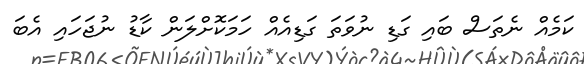
ކަމެއް ނެތަސް ބައި ގަޑި ނުވަތަ ގަޑިއެއް ހަމަކޮށްލަން ކާޑު ނުޖަހައި އެބަ